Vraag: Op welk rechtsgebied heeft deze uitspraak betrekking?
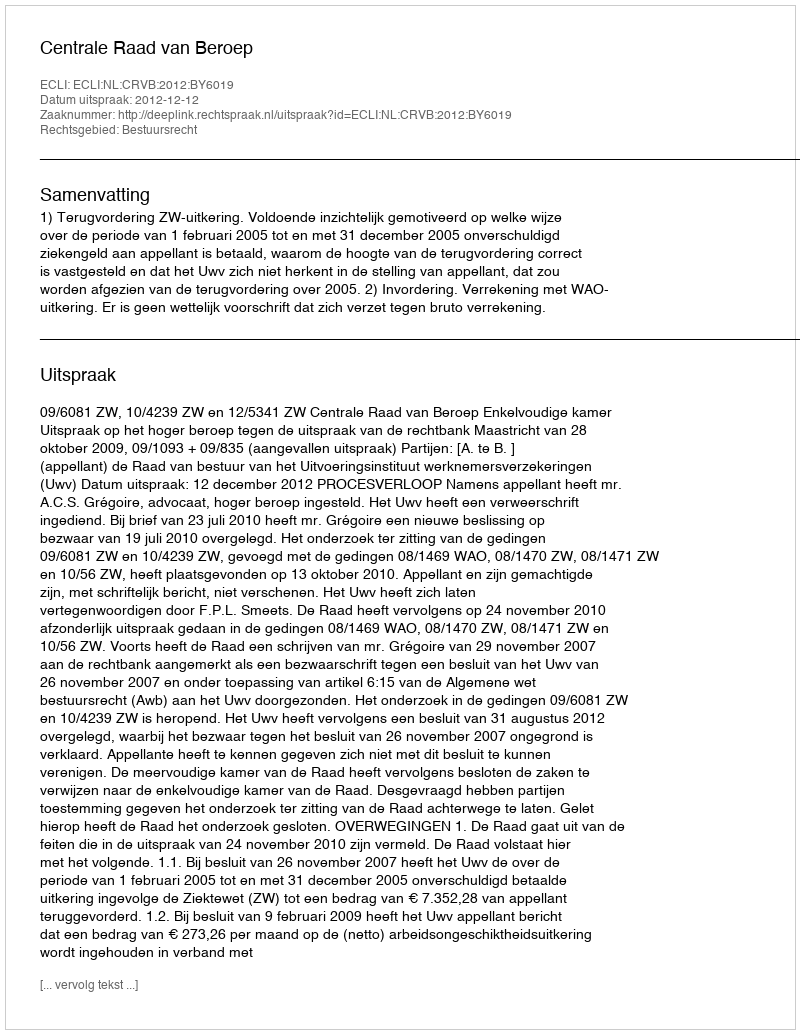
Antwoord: Bestuursrecht